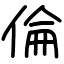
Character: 倫